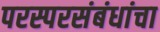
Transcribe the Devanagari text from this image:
परस्परसंबंधांचा